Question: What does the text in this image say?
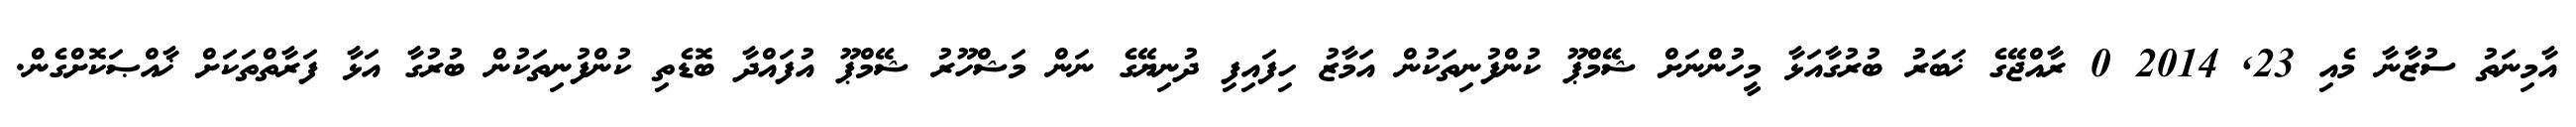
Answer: އާމިނަތު ސުޒާނާ މެއި 23, 2014 0 ރާއްޖޭގެ ޚަބަރު ބުރުގާއަޅާ މީހުންނަށް ޝޭމްޕޫ ކުންފުނިތަކުން އަމާޒު ހިފައިފި ދުނިޔޭގެ ނަން މަޝްހޫރު ޝޭމްޕޫ އުފައްދާ ބޮޑެތި ކުންފުނިތަކުން ބުރުގާ އަޅާ ފަރާތްތަކަށް ޚާއްޞަކޮށްގެން.